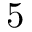
5